Vaccination in Bombay 1863-1868 - 1863-1868
Year: 1863
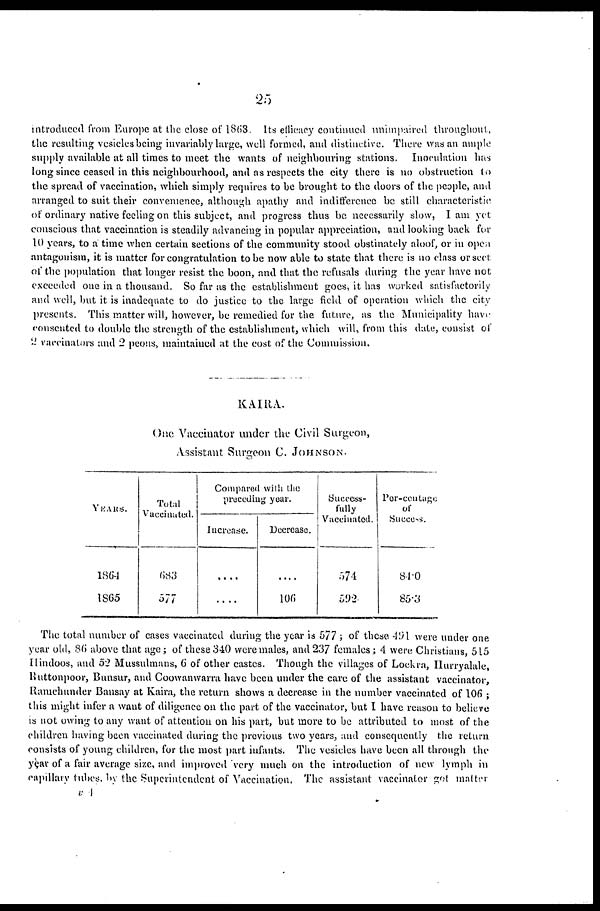
25
Introduced from Europe at the close of 1863. Its efficacy continued unimpaired throughout,
the resulting vesicles being invariably large, well formed, and distinctive. There was an ample
supply available at all times to meet the wants of neighbouring stations. Inoculation has
long since ceased in this neighbourhood, and as respects the city there is no obstruction to
the spread of vaccination, which simply requires to be brought to the doors of the people, and
arranged to suit their convenience, although apathy and indifference be still characteristic
of ordinary native feeling on this subject, and progress thus be necessarily slow, I am yet
conscious that vaccination is steadily advancing in popular appreciation, and looking back for
10 years, to a time when certain sections of the community stood obstinately aloof, or in open
antagonism, it is matter for congratulation to be now able to state that there is no class or sect
of the population that longer resist the boon, and that the refusals during the year have not
exceeded one in a thousand. So far as the establishment goes, it has worked satisfactorily
and well, but it is inadequate to do justice to the large field of operation which the city
presents. This matter will, however, be remedied for the future, as the Municipality have
consented to double the strength of the establishment, which will, from this date, consist of
2 vaccinators and 2 peons, maintained at the cost of the Commission.
KAIRA.
One Vaccinator under the Civil Surgeon,
Assistant Surgeon C. JOHNSON.
YEARS.
1864
1865
Total
Vaccinated.
683
577
Compared with the
preceding year.
Increase.
....
....
Decrease
....
106
success-
fully
Vaccinated.
574
592
Per-centage
of
Success.
84.0
85.3
The total number of cases vaccinated during the year is 577 ; of these 491 were under one
year old, 86 above that age ; of these 340 were males, and 237 females ; 4 were Christians, 515
Hindoos, and 52 Mussulmans, 6 of other castes. Though the villages of Loekra, Hurryalale,
Ruttonpoor, Bunsur, and Coowanwarra have been under the care of the assistant vaccinator,
Ramchunder Bausay at Kaira, the return shows a decrease in the number vaccinated of 106 ;
this might infer a want of diligence on the part of the vaccinator, but I have reason to believe
is not owing to any want of attention on his part, but more to be attributed to most of the
children having been vaccinated during the previous two years, and consequently the return
consists of young children, for the most part infants. The vesicles have been all through the
year of a fair average size, and improved very much on the introduction of new lymph in
capillary tubes by the Superintendent of Vaccination. The assistant vaccinator got matter
v 4